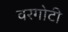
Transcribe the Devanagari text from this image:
वरगोटी